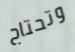
وتحتاج